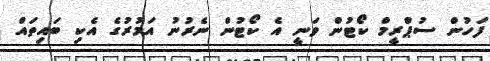
ފަހުން ސުޕްރީމް ކޯޓުން ވަނީ އެ ކޯޓުން ނެރުނު އަމުރުގެ އެކި ބައިތައް